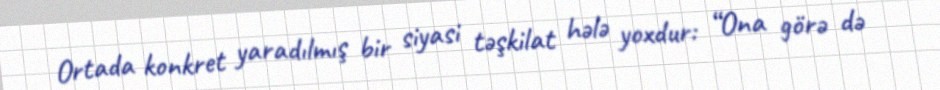
Ortada konkret yaradılmış bir siyasi təşkilat hələ yoxdur: “Ona görə də